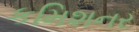
કમિશનર